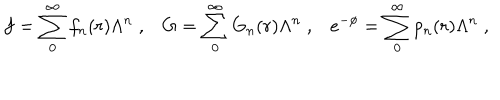
f = \sum _ { 0 } ^ { \infty } f _ { n } ( r ) \Lambda ^ { n } \; , G = \sum _ { 0 } ^ { \infty } G _ { n } ( r ) \Lambda ^ { n } \; , e ^ { - \phi } = \sum _ { 0 } ^ { \infty } p _ { n } ( r ) \Lambda ^ { n } \; ,